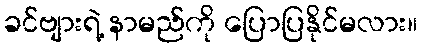
ခင်ဗျားရဲ့ နာမည်ကို ပြောပြနိုင်မလား။